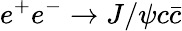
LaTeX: e^{+}e^{-}\to J/\psi c\bar{c}